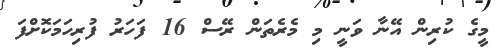
މީގެ ކުރިން އޭނާ ވަނީ މި މެރެތަން ރޭސް 16 ފަހަރު ފުރިހަމަކޮށްފަ